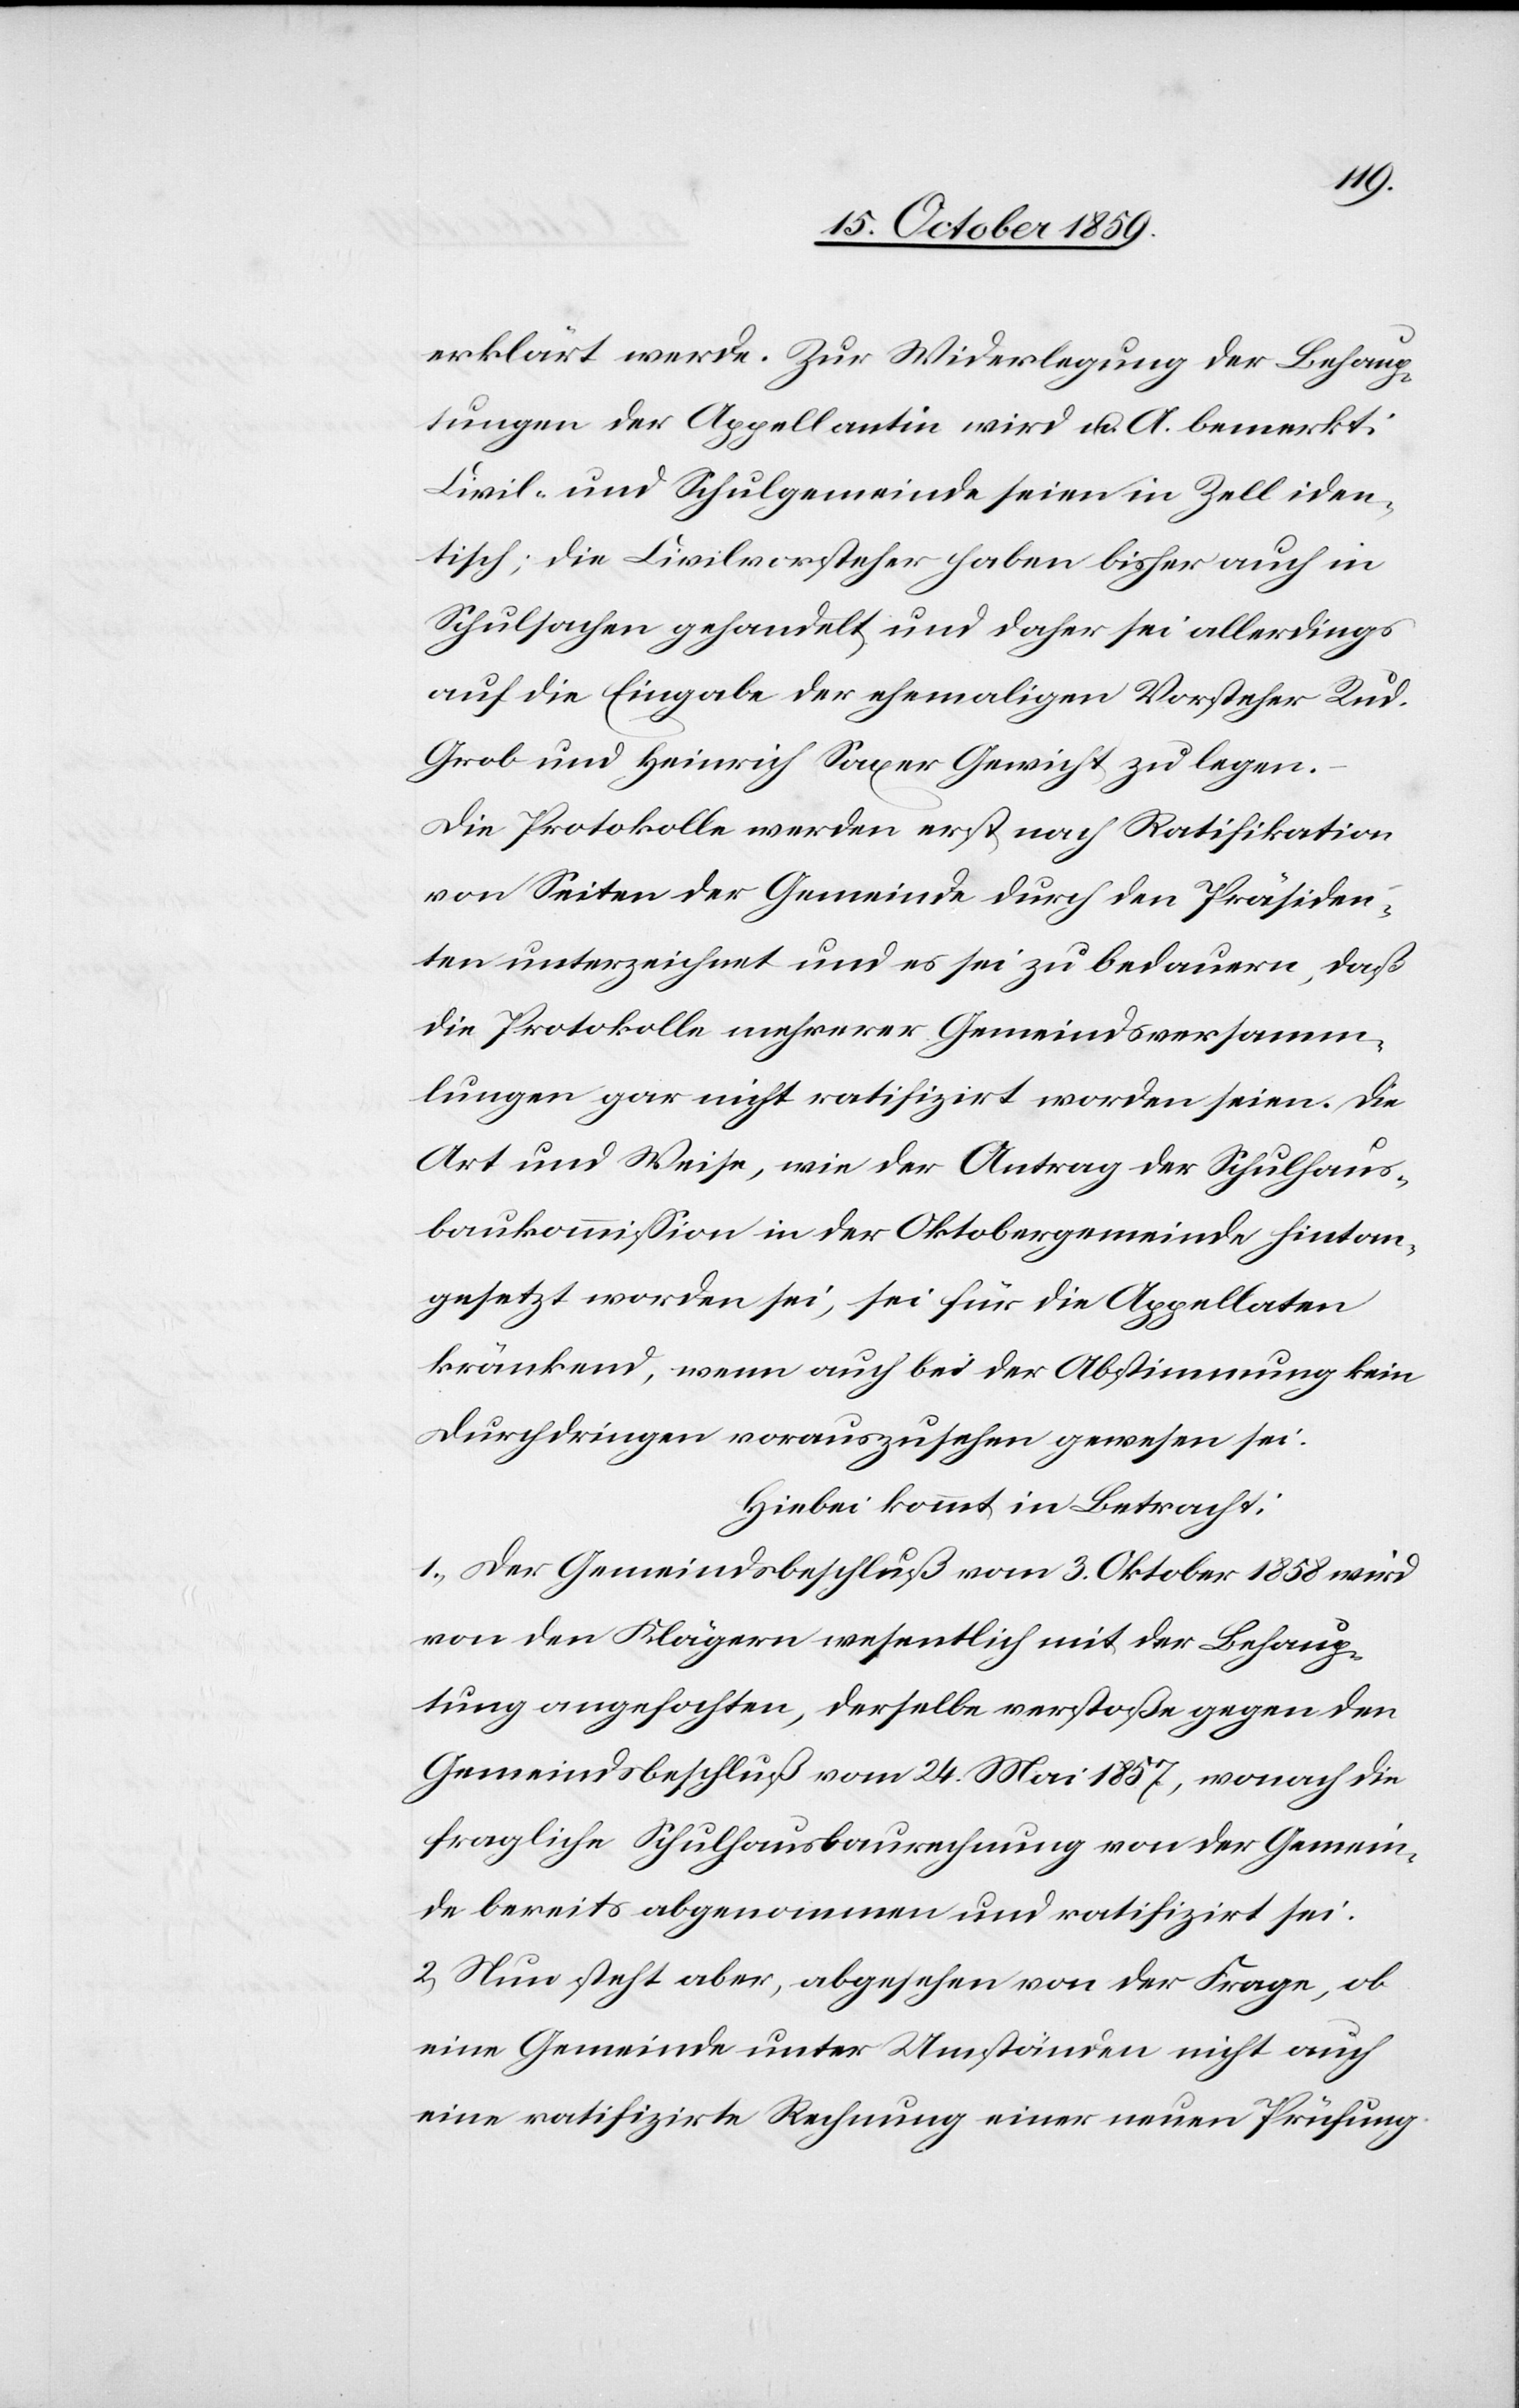
erklärt werde. Zur Widerlegung der Behaup¬
tungen der Appellantin wird u. A. bemerkt:
Civil- und Schulgemeinde seien in Zell iden¬
tisch; die Civilvorsteher haben bisher auch in
Schulsachen gehandelt und daher sei allerdings
auf die Eingabe der ehemaligen Vorsteher Rud.
Grob und Heinrich Saxer Gewicht zu legen.
Die Protokolle werden erst nach Ratifikation
von Seiten der Gemeinde durch den Präsiden¬
ten unterzeichnet und es sei zu bedauern, daß
die Protokolle mehrerer Gemeindsversamm¬
lungen gar nicht ratifizirt worden seien. Die
Art und Weise, wie der Antrag der Schulhaus¬
baukommission in der Oktobergemeinde hintan
gesetzt worden sei, sei für die Appellaten
kränkend, wenn auch bei der Abstimmung kein
Durchdringen vorauszusehen gewesen sei.
Hiebei kommt in Betracht:
1) Der Gemeindsbeschluß vom 3. Oktober 1858 wird
von den Klägern wesentlich mit der Behaup¬
tung angefochten, derselbe verstoße gegen den
Gemeindsbeschluß vom 24. Mai 1857, wonach die
fragliche Schulhausbaurechnung von der Gemein¬
de bereits abgenommen und ratifizirt sei.
2) Nun steht aber, abgesehen von der Frage, ob
eine Gemeinde unter Umständen nicht auch
eine ratifizirte Rechnung einer neuen Prüfung